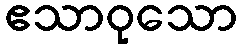
ဧသာဝုသော